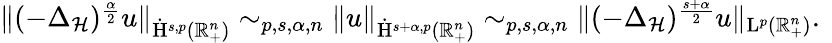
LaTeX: \begin{array}{r}{\lVert(-{{\Delta}}_{\mathcal{H}})^{\frac{\alpha}{2}}u\rVert_{\dot{\mathrm{H}}^{s,p}(\mathbb{R}_{+}^{n})}\sim_{p,s,\alpha,n}\lVert u\rVert_{\dot{\mathrm{H}}^{s+\alpha,p}(\mathbb{R}_{+}^{n})}\sim_{p,s,\alpha,n}\lVert(-{{\Delta}}_{\mathcal{H}})^{\frac{s+\alpha}{2}}u\rVert_{\mathrm{L}^{p}(\mathbb{R}_{+}^{n})}\mathrm{.~}}\end{array}